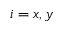
i = x , y